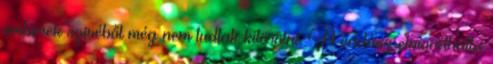
emberek szivéből még nem tudtak kitörölni. A vadász elmondhatta